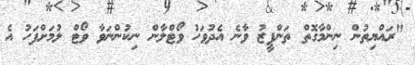
"ރައްޔިތުން ނިންމާގޮތް ތަންފީޒު ވާނެ އެދުވަހު ވޯޓްލާން ނިިކުންނަވާ ވޯޓް ލުމަށްފަހު އެ